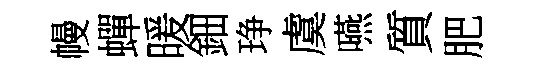
幔蟬暖鈿琤虞嚥質肥